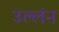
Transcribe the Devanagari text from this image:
उल्लंन